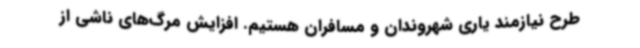
طرح نیازمند یاری شهروندان و مسافران هستیم. افزایش مرگ‌های ناشی از